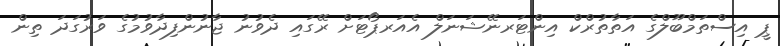
ޕީ އިސްތަމްބޫލްގެ އަތާތުރްކް އިންޓަރނޭޝަނަލް އެއަރޕޯޓަށް ރޭގައި ދެވުނު ޖާނުންފިދާވުމުގެ ވަރުގަދަ ތިން